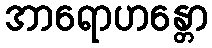
အာရောဟန္တော